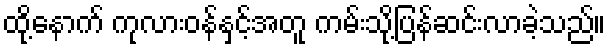
ထို့နောက် ကုလားဝန်နှင့်အတူ ကမ်းသို့ပြန်ဆင်းလာခဲ့သည်။